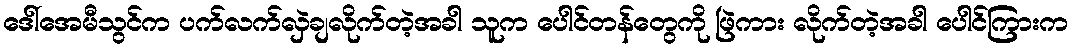
ဒေါ်အေမီသွင်က ပက်လက်လှဲချလိုက်တဲ့အခါ သူက ပေါင်တန်တွေကို ဖြဲကား လိုက်တဲ့အခါ ပေါင်ကြားက